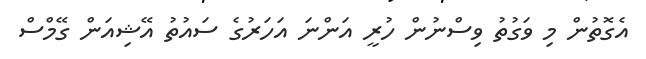
އެގޮތުން މި ވަގުތު ވިސްނުން ހުރީ އަންނަ އަހަރުގެ ސައުތު އޭޝިއަން ގޭމްސް